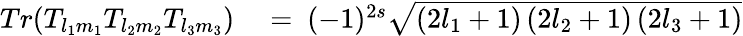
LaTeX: \begin{array}{rl}{Tr(T_{l_{1}m_{1}}T_{l_{2}m_{2}}T_{l_{3}m_{3}})}&{{}=\ (-1)^{2s}\sqrt{\left(2l_{1}+1\right)\left(2l_{2}+1\right)\left(2l_{3}+1\right)}}\end{array}